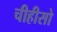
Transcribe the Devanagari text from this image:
चीहीसो